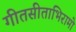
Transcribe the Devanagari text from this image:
गीतसीताभिरामो